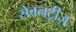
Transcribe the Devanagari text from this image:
सेवनट्रीज़